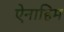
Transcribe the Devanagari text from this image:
ऐनाहिम